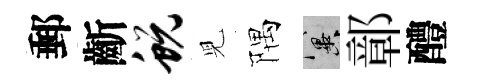
郵齗蜕児隅冀鄣醴